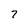
Character: 7